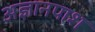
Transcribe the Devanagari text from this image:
अज्ञानपाश